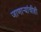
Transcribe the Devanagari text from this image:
जाणाऱ्यांचीही